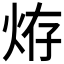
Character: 𤈊